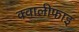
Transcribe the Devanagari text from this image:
क्वालीफाइ